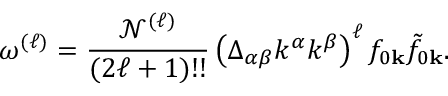
\omega ^ { ( \ell ) } = \frac { \mathcal { N } ^ { ( \ell ) } } { ( 2 \ell + 1 ) ! ! } \left( \Delta _ { \alpha \beta } k ^ { \alpha } k ^ { \beta } \right) ^ { \ell } f _ { 0 \mathbf { k } } \tilde { f } _ { 0 \mathbf { k } } .